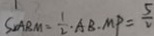
S _ { \Delta A B M } = \frac { 1 } { 2 } \cdot A B \cdot M P = \frac { 5 } { 2 }